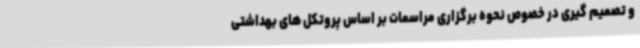
و تصمیم گیری در خصوص نحوه برگزاری مراسمات بر اساس پروتکل های بهداشتی